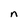
Character: n